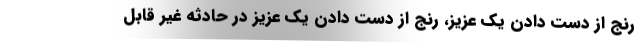
رنج از دست دادن يك عزيز، رنج از دست دادن يك عزيز در حادثه غير قابل